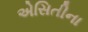
એસિતીના